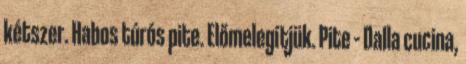
kétszer. Habos túrós pite. Előmelegítjük. Pite – Dalla cucina,